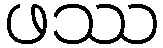
ဖဿ